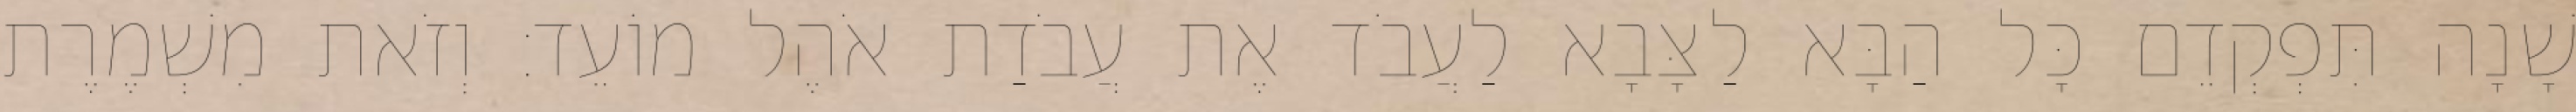
שָׁנָה תִּפְקְדֵם כָּל הַבָּא לַצָּבָא לַעֲבֹד אֶת עֲבֹדַת אֹהֶל מוֹעֵד׃ וְזֹאת מִשְׁמֶרֶת